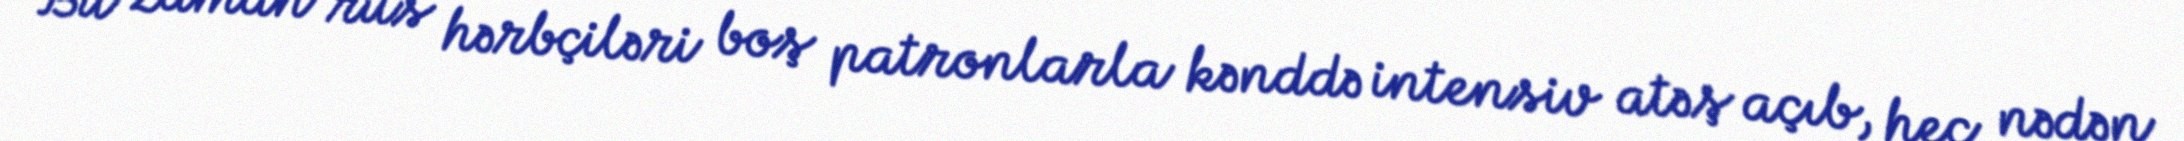
Bu zaman rus hərbçiləri boş patronlarla kənddə intensiv atəş açıb, heç nədən